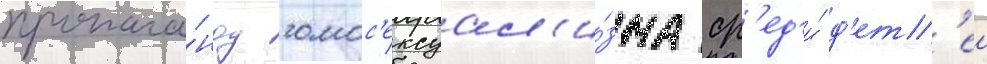
пропага́нду гомос'ексуал'и́зма ср'ед'и́ д'ет'еи